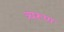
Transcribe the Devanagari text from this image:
त्र्यरूण